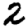
Digit: 2